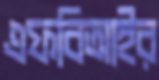
এফবিআইর